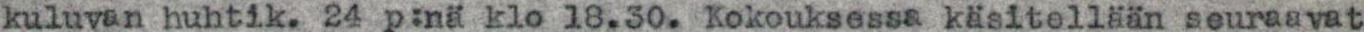
kuluvan huhtik. 24 p:nä klo 18.30. Kokouksessa käsitellään seuraavat